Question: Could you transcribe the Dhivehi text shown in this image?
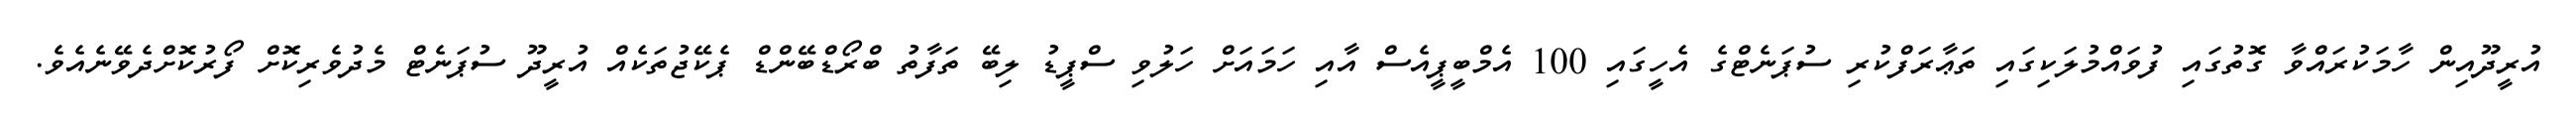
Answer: އުރީދޫއިން ހާމަކުރައްވާ ގޮތުގައި ފުވައްމުލަކިގައި ތަޢާރަފްކުރި ސުޕަނެޓްގެ އެހީގައި 100 އެމްބީޕީއެސް އާއި ހަމައަށް ހަލުވި ސްޕީޑު ލިބޭ ތަފާތު ބްރޯޑްބޭންޑް ޕެކޭޖުތަކެއް އުރީދޫ ސުޕަނެޓް މެދުވެރިކޮށް ފޯރުކޮށްދެވޭނެއެވެ.